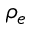
\rho _ { e }